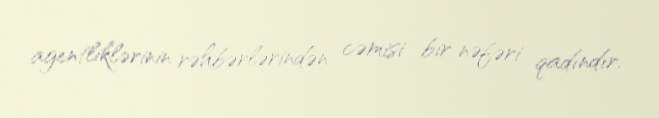
agentliklərinin rəhbərlərindən cəmisi bir nəfəri qadındır.